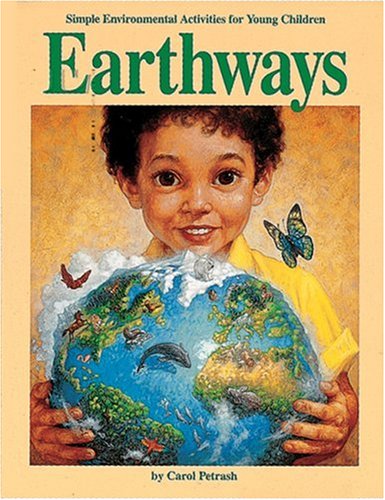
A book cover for Earthways: Simple Environmental Activities for Young Children; Carol Petrash; Children's Books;